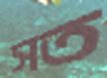
সত